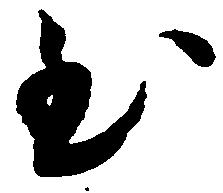
至